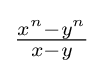
{\tfrac {x^{n}-y^{n}}{x-y}}